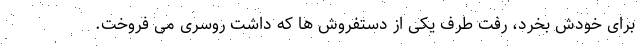
برای خودش بخرد، رفت طرف یکی از دستفروش ها که داشت روسری می فروخت.